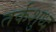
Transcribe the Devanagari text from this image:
तर्कशुध्द